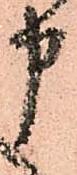
申